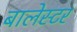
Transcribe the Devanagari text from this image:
बालेस्टर